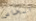
الخاص